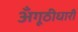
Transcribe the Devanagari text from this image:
अँगूठीधारी